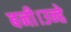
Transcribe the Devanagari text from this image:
बनी।उन्हे